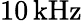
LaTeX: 10\, \mathrm{kHz}